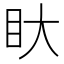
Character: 𭾚